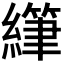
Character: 𫄂